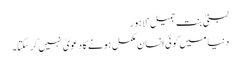
لبنیٰ بنت جمیل‘لاہور
دنیا میں کوئی انسان مکمل ہونے کا دعویٰ نہیں کرسکتا۔